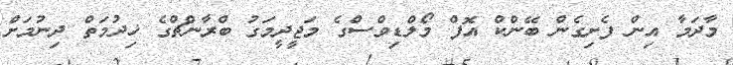
މާދަމާ އިން ފެށިގެން ބޭންކް އޮފް މޯލްޑިވްސްގެ މަޖީދީމަގު ބްރާންޗްގެ ޚިދުމަތް ދިނުމަށް